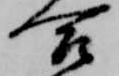
合